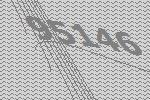
95146